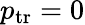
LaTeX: p_{\mathrm{tr}}=0